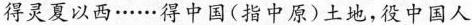
得灵夏以西……得中国(指中原)土地，役中国人